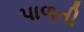
પાળતી